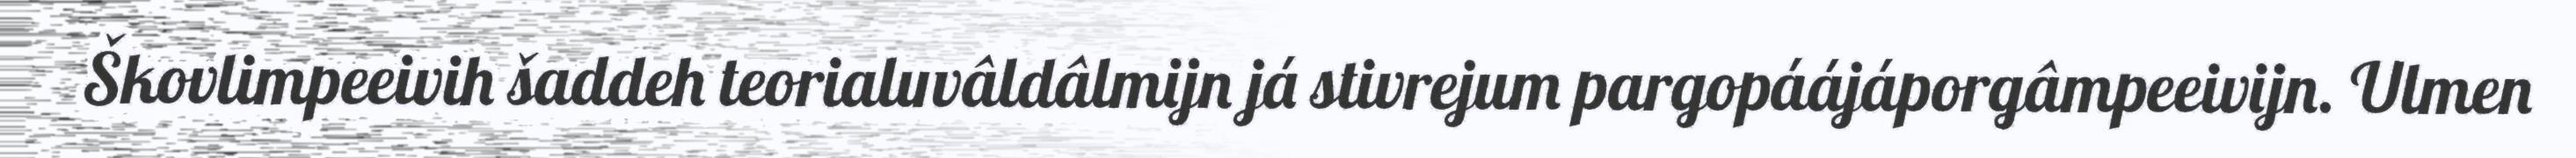
Škovlimpeeivih šaddeh teorialuvâldâlmijn já stivrejum pargopáájáporgâmpeeivijn. Ulmen